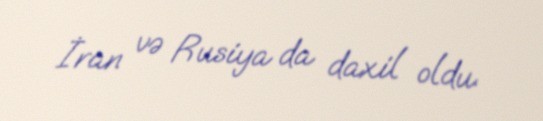
İran və Rusiya da daxil oldu.